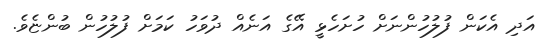
އަދި އެކަން ފުލުހުންނަށް ހުށަހެޅީ އޭގެ އަނެއް ދުވަހު ކަމަށް ފުލުހުން ބުންޏެވެ.